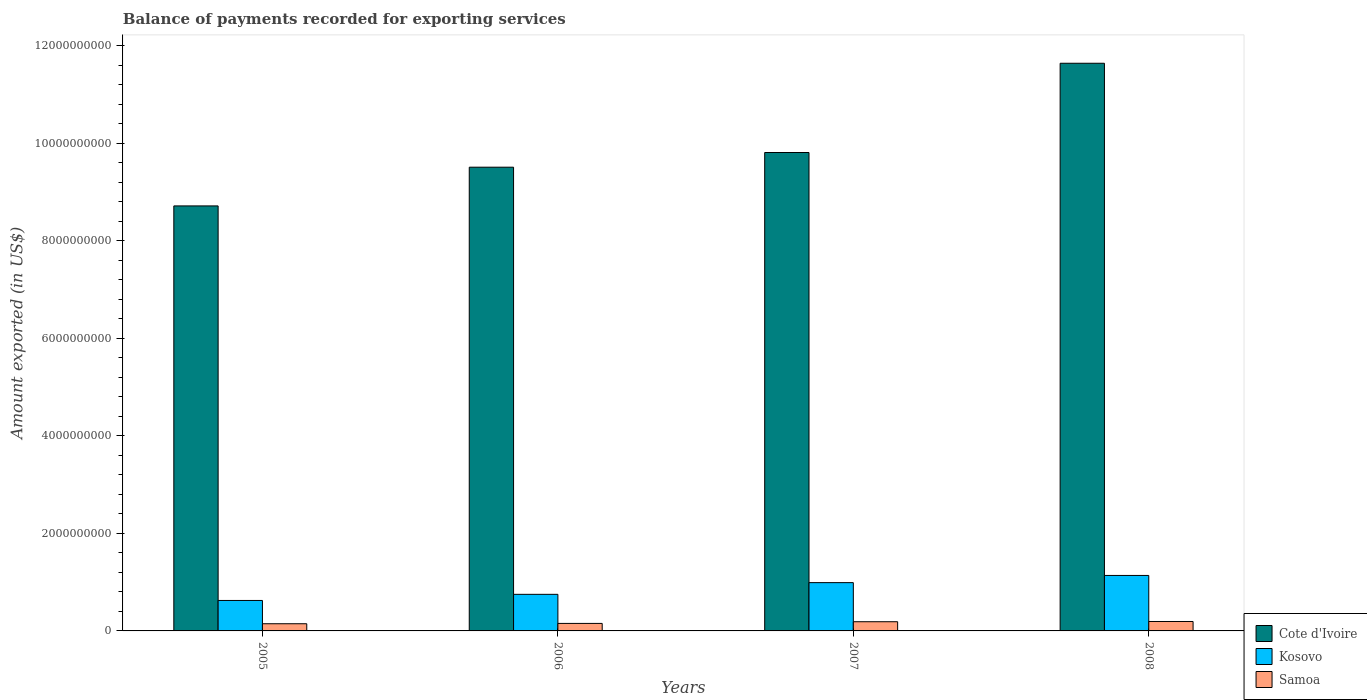
| Years | Cote d'Ivoire | Kosovo | Samoa |
 | --- | --- | --- | --- |
 | 2005 | 8.72e+09 | 6.25e+08 | 1.47e+08 |
 | 2006 | 9.51e+09 | 7.5e+08 | 1.54e+08 |
 | 2007 | 9.81e+09 | 9.91e+08 | 1.89e+08 |
 | 2008 | 1.16e+10 | 1.14e+09 | 1.93e+08 |